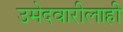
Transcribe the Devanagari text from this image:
उमेदवारीलाही